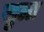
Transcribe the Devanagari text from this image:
खु्ला